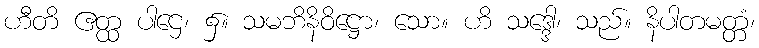
ဟီတိ ဧတ္ထ ပါဌေ၊ ၌။ သမဘိနိဝိဋ္ဌော၊ သော။ ဟိ သဒ္ဒေါ၊ သည်။ နိပါတမတ္တံ၊